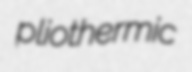
pliothermic